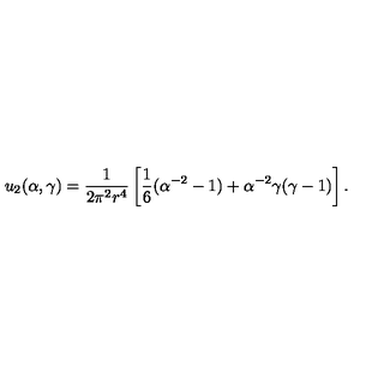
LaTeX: u _ { 2 } ( \alpha , \gamma ) = \frac 1 { 2 \pi ^ { 2 } r ^ { 4 } } \left[ \frac 1 6 ( \alpha ^ { - 2 } - 1 ) + \alpha ^ { - 2 } \gamma ( \gamma - 1 ) \right] .